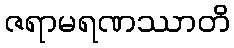
ဇရာမရဏဿာတိ